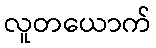
လူတယောက်